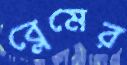
ব্লেমের